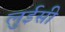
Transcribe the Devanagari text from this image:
लुईसी